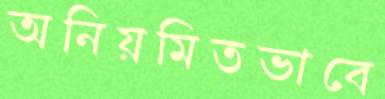
অনিয়মিতভাবে